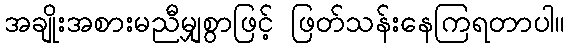
အချိုးအစားမညီမျှစွာဖြင့် ဖြတ်သန်းနေကြရတာပါ။